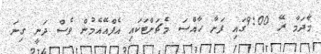
މާދަމާ ރޭ 9:00ގައި ފަށާ ހާއްސަ މެޗަށްޓަކައި އެފްއޭއެމުން ވެސް ދަނީ ގިނަ